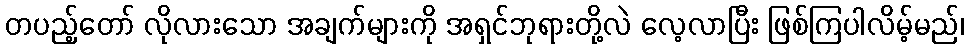
တပည့်တော် လိုလားသော အချက်များကို အရှင်ဘုရားတို့လဲ လေ့လာပြီး ဖြစ်ကြပါလိမ့်မည်၊